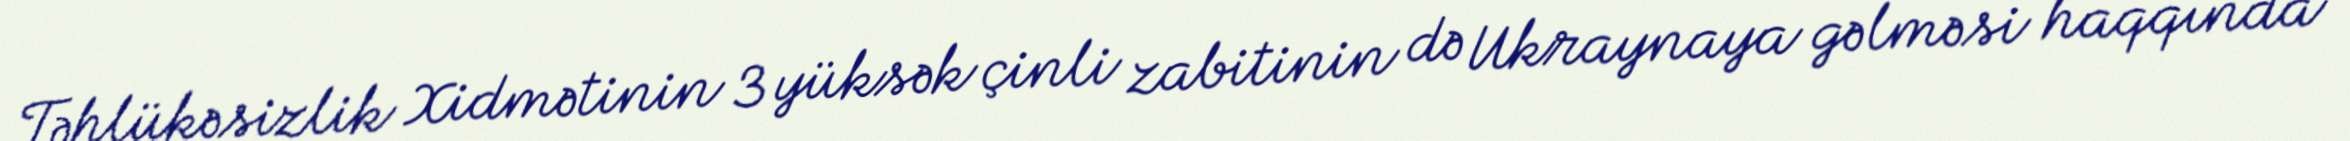
Təhlükəsizlik Xidmətinin 3 yüksək çinli zabitinin də Ukraynaya gəlməsi haqqında